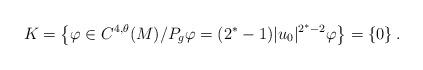
LaTeX: \begin{align*}K=\left\{\varphi \in C^{4,\theta}(M) \slash P_g \varphi= (2^\ast -1)|u_0|^{2^\ast -2}\varphi \right\}=\left\{0\right\}.\end{align*}